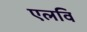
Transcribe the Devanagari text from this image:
एलवि